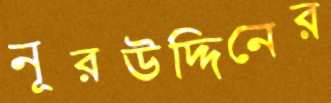
নূরউদ্দিনের